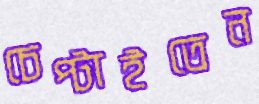
চেপ্‌টাইতেন